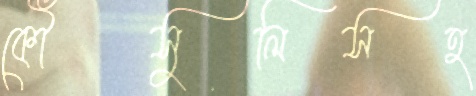
কৌঁসুলিসহ